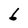
Character: 6